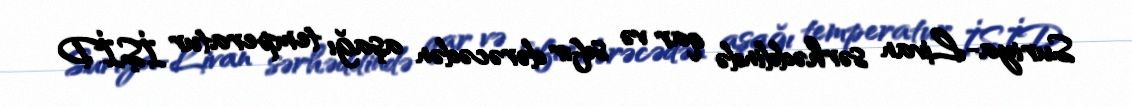
Suriya-Livan sərhəddində qar və sıfır dərəcədən aşağı temperatur İŞİD